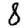
Digit: 8